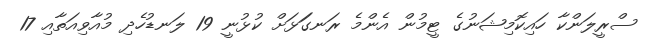
ސްރީލަންކާ ހައިކޮމިޝަނުގެ ޓީމުން އެންމެ ރަނގަަޅަށް ކުޅުނީ 19 ލަނޑުހެދި މުއާވިއަތާއި 17